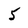
Character: 5